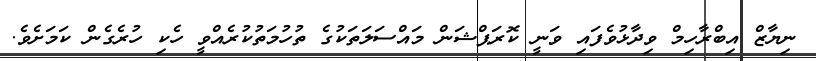
ނިޔާޒް އިބްރާހިމް ވިދާޅުވެފައި ވަނީ ކޮރަޕްޝަން މައްސަލަތަކުގެ ތުހުމަތުކުރެއްވީ ހެކި ހުރެގެން ކަމަށެވެ.